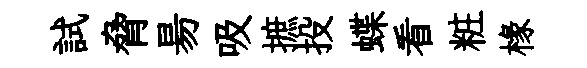
試脅昜吸摭投蝶看粧椽